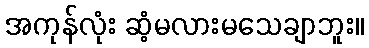
အကုန်လုံး ဆံ့မလားမသေချာဘူး။